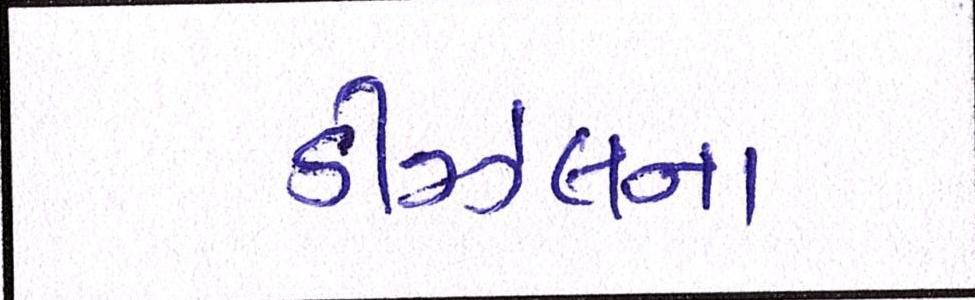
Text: ડીઝલના